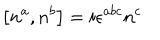
\left[ n ^ { a } , n ^ { b } \right] = i \epsilon ^ { a b c } n ^ { c }